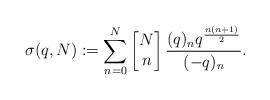
LaTeX: \begin{align*}\sigma(q,N):=\sum_{n=0}^{N}\left[\begin{matrix} N\\n\end{matrix}\right] \frac{(q)_{n}q^{\frac{n(n+1)}{2}}}{(-q)_n}.\end{align*}